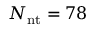
N _ { \mathrm { n t } } = 7 8